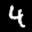
Label: 4